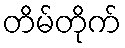
တိမ်တိုက်